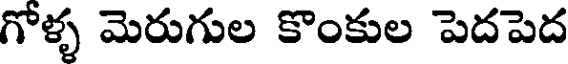
గోళ్ళ మెరుగుల కొంకుల పెదపెద